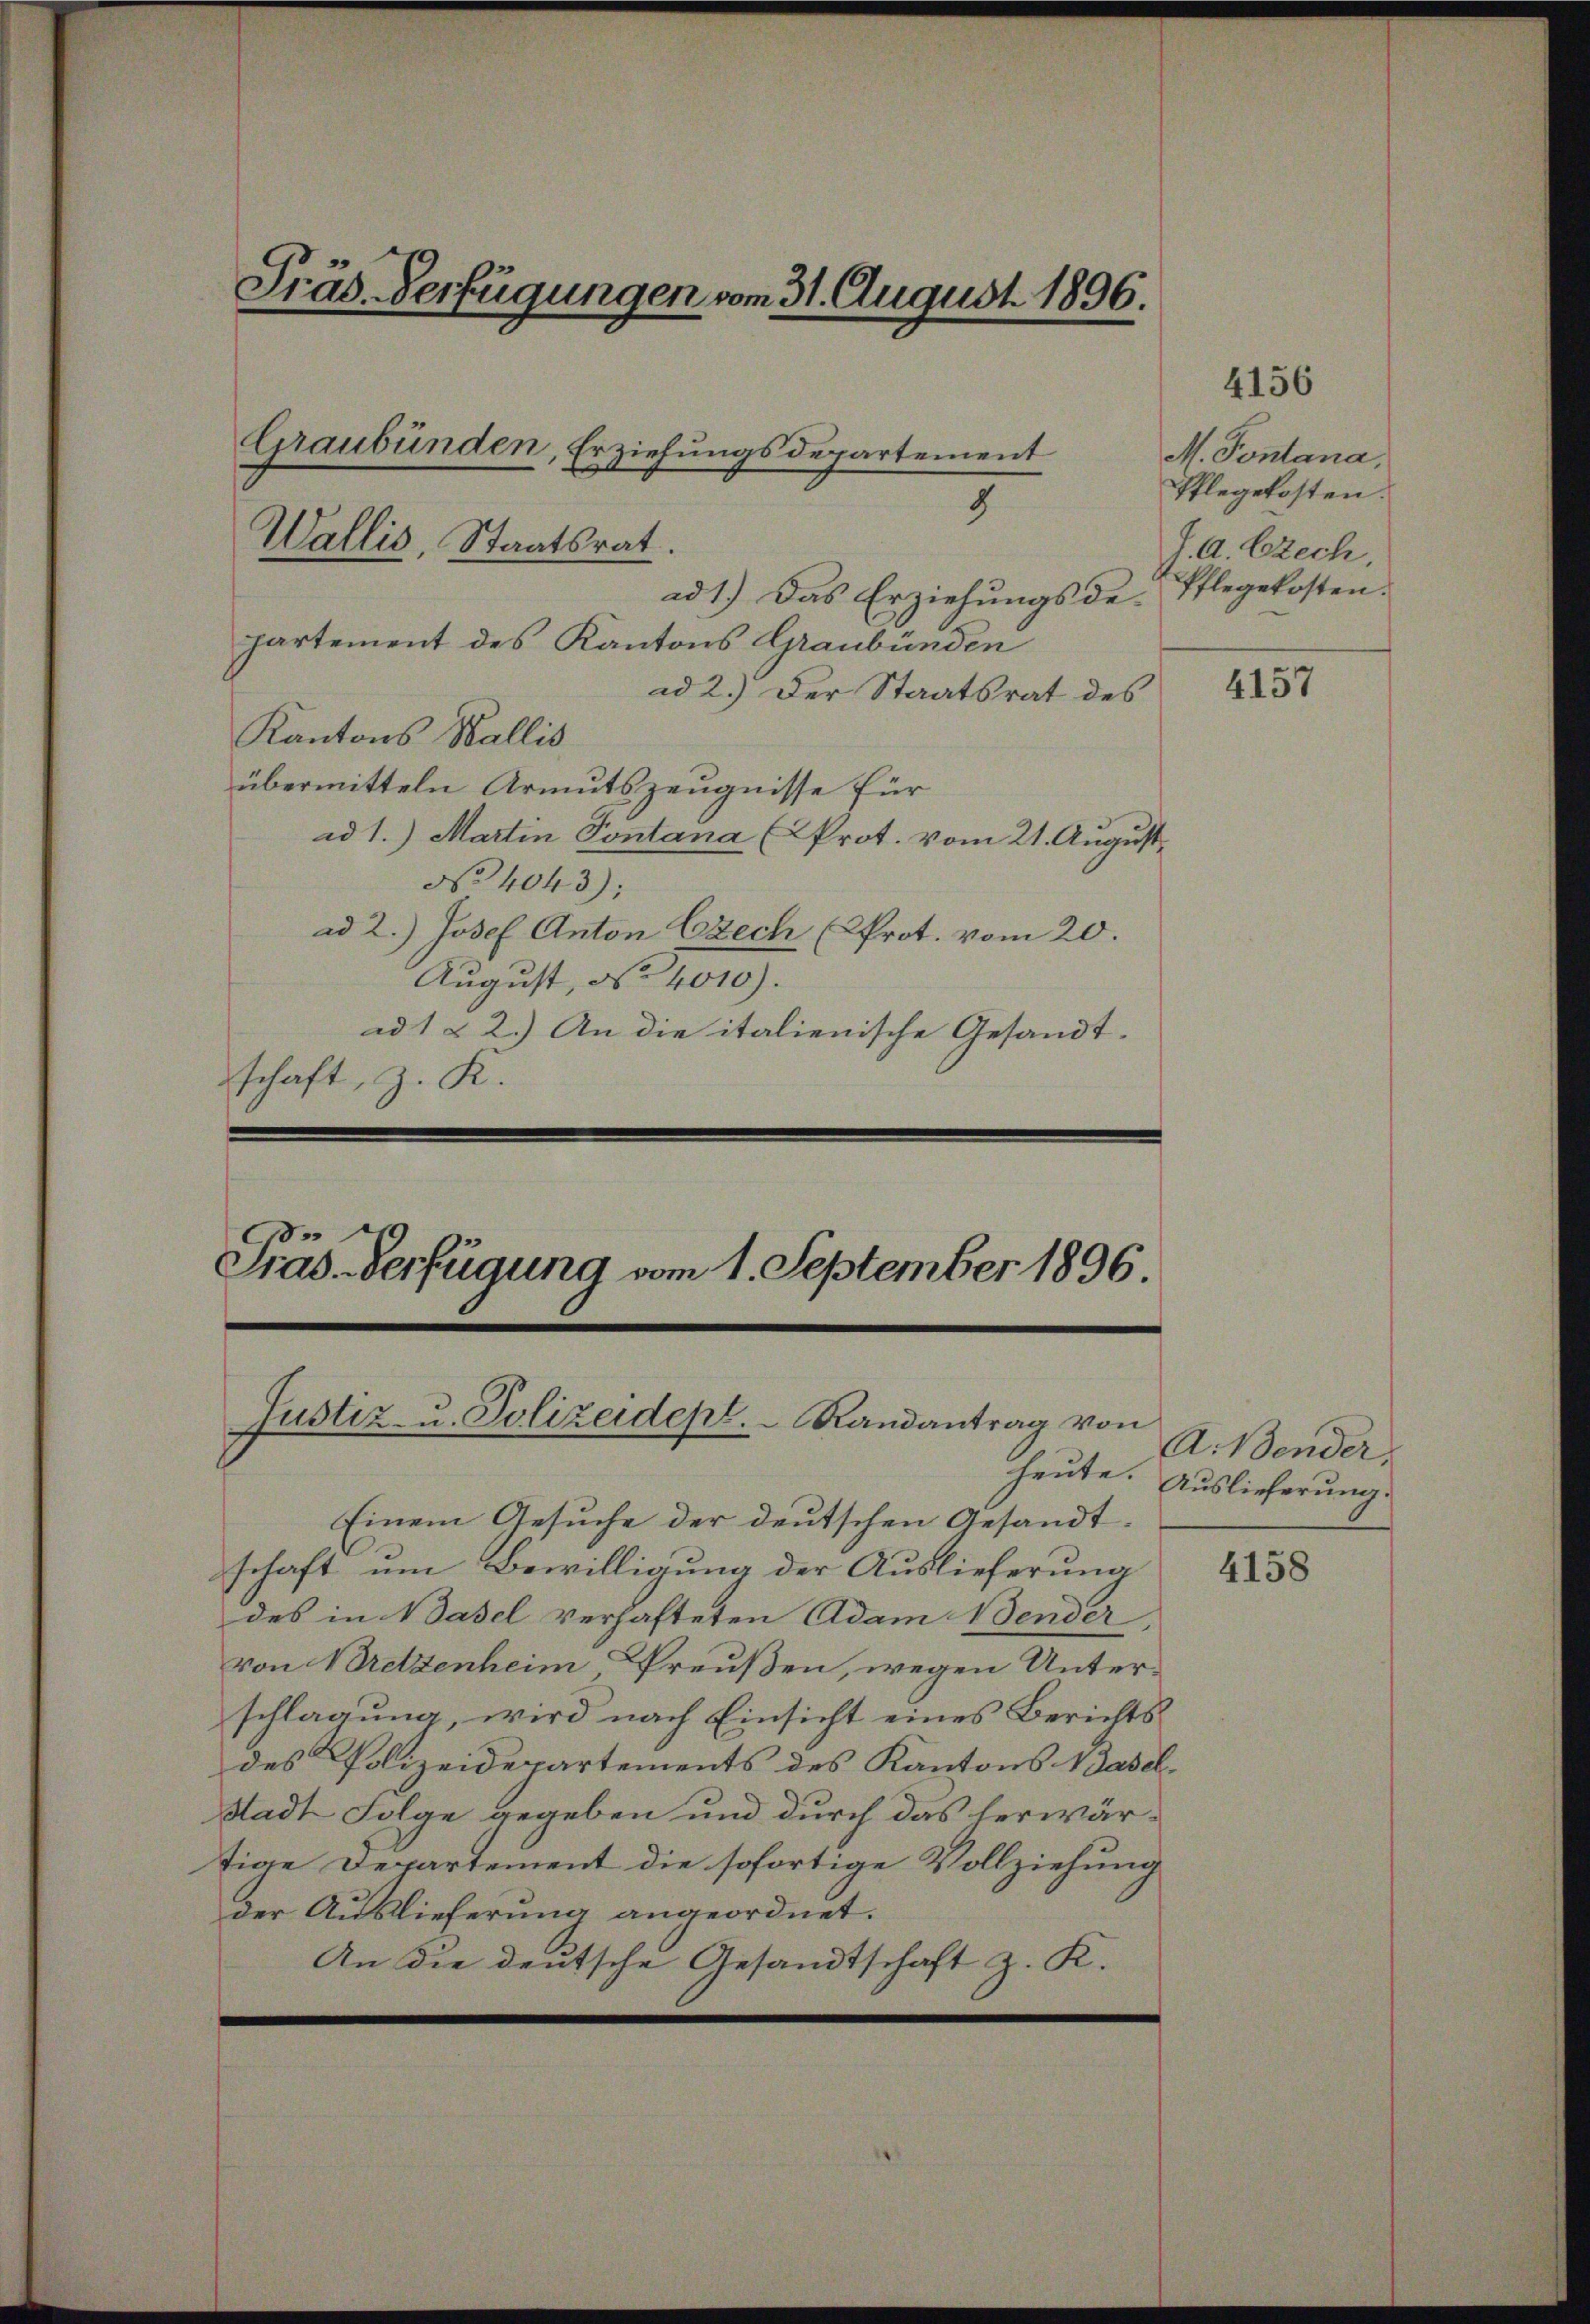
Wallis, Staatsrat.
ad 1.) Das Erziehungsde-
partement des Kantons Graubünden
ad 2.) Der Staatsrat des
Kantons Wallis
übermitteln Armutszeugnisse für
ad 1.) Martin Sontana (Prot. vom 21. August,
No 4043):
ad 2.) Josef Anton Ezech (Prot. vom 20.
August, No 4010).
ad 1 & 2.) An die italienische Gesandt-
schaft, z. K.

Präs. Verfügungen vom 31. August 1896.

Graubünden, Erziehungsdepartement
8

e
Gras Verfügung vom 1. September 1896.
Justiz- u. Polizeidept. Randantrag von

Heute.
Einem Gesuche der deutschen Gesandtschaft um Bewilligung der Auslieferung
des in Basel verhafteten Adam Wender
von Bretzenheim Preußen, wegen Unterschlagung, wird nach Einsicht eines Berichts
des Polizeidepartements des Kantons Wasch¬
Stadt Folge gegeben und durch das herwär-
tige Departement die sofortige Vollziehung
der Auslieferung angeordnet.
An die deutsche Gesandtschaft z. K.

M. Pontana,
Pflegekosten.
J. A. Czech
Pflegekosten.

4156

4157

A.Bender
Auslieferung.

4158